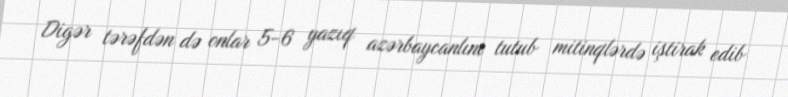
Digər tərəfdən də onlar 5-6 yazıq azərbaycanlını tutub mitinqlərdə iştirak edib